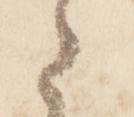
之